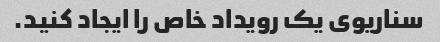
سناریوی یک رویداد خاص را ایجاد کنید.